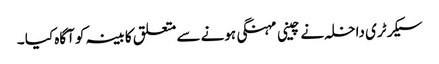
سیکرٹری داخلہ نے چینی مہنگی ہونے سے متعلق کابینہ کو آگاہ کیا ۔